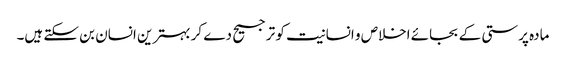
مادہ پرستی کے بجائے اخلاص و انسانیت کو ترجیح دے کر بہترین انسان بن سکتے ہیں۔